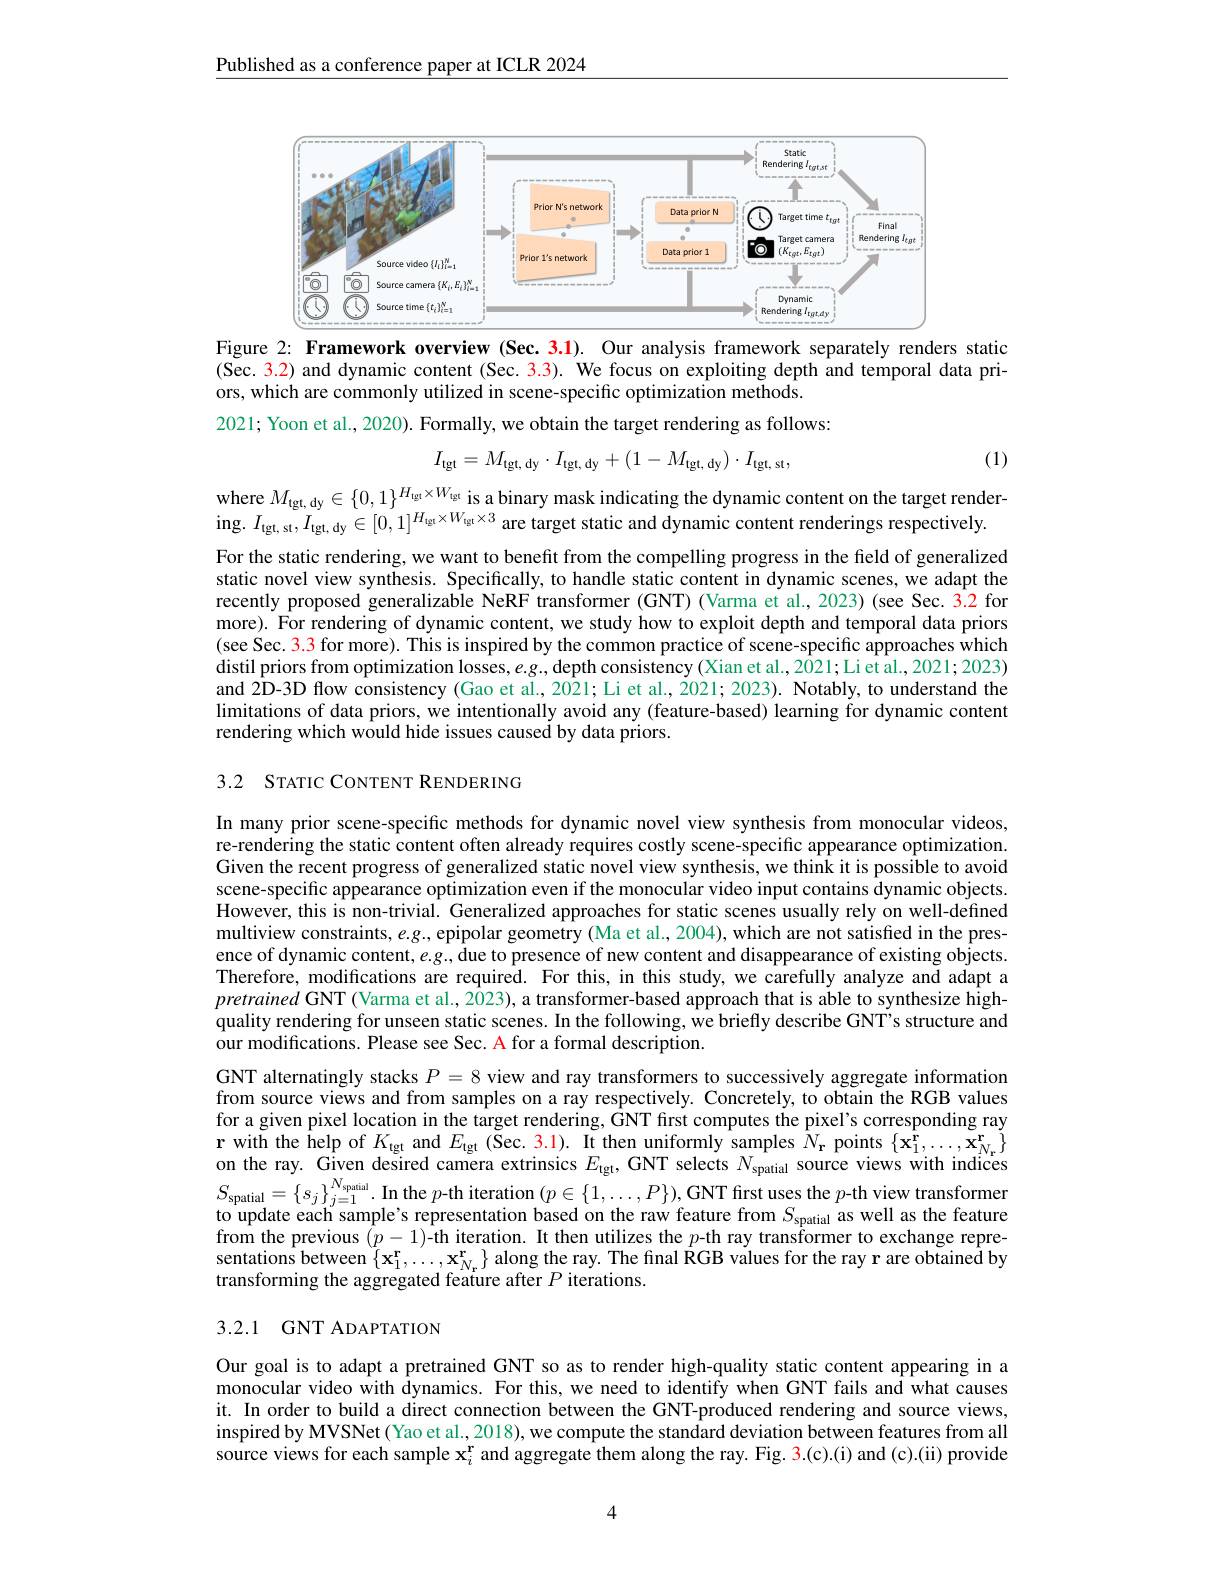
Published as a conference paper at ICLR 2024

<FigureHere>
Figure 2: Framework overview (Sec. 3.1). Our analysis framework separately renders static

(Sec. 3.2) and dynamic content (Sec. 3.3). We focus on exploiting depth and temporal data pri-
ors, which are commonly utilized in scene-specific optimization methods.
2021; Yoon et al., 2020). Formally, we obtain the target rendering as follows:
$$I_{\mathrm{tgt}}=M_{\mathrm{tgt,~dy}}\cdot I_{\mathrm{tgt,~dy}}+(1-M_{\mathrm{tgt,~dy}})\cdot I_{\mathrm{tgt,~st}},$$
(1)

where $M_\mathrm{tgt,dy}\in\{0,1\}^{H_\mathrm{gt}\times W_\mathrm{gt}}$ is a binary mask indicating the dynamic content on the target render-
ing. $I_{\mathrm{tgt,~st}},I_{\mathrm{tgt,~dy}}\in[0,1]^{H_{\mathrm{tgt}}\times W_{\mathrm{tgt}}\times3}$ are target static and dynamic content renderings respectively.

For the static rendering, we want to benefit from the compelling progress in the field of generalized static novel view synthesis. Specifically, to handle static content in dynamic scenes, we adapt the recently proposed generalizable NeRF transformer (GNT) (Varma et al., 2023) (see Sec. 3.2 for more). For rendering of dynamic content, we study how to exploit depth and temporal data priors (see Sec. 3.3 for more). This is inspired by the common practice of scene-specific approaches which distil priors from optimization losses, $e.g..$ depth consistency (Xian et al., 2021; Li et al., 2021; 2023) and 2D-3D flow consistency (Gao et al., 2021; Li et al., 2021; 2023). Notably, to understand the limitations of data priors, we intentionally avoid any (feature-based) learning for dynamic content rendering which would hide issues caused by data priors.

3.2 STATIC CONTENT RENDERING

In many prior scene-specific methods for dynamic novel view synthesis from monocular videos, re-rendering the static content often already requires costly scene-specific appearance optimization. Given the recent progress of generalized static novel view synthesis, we think it is possible to avoid scene-specific appearance optimization even if the monocular video input contains dynamic objects. However, this is non-trivial. Generalized approaches for static scenes usually rely on well-defined multiview constraints, $e.g..$, epipolar geometry (Ma et al., 2004), which are not satisfied in the presence of dynamic content, $e.g.$, due to presence of new content and disappearance of existing objects. Therefore, modifications are required. For this, in this study, we carefully analyze and adapt a pretrained GNT (Varma et al., 2023), a transformer-based approach that is able to synthesize highquality rendering for unseen static scenes. In the following, we briefly describe GNT's structure and $\dot{\text{our modifications. Please see Sec. A for a formal description.}}$
GNT alternatingly stacks $P=8$ view and ray transformers to successively aggregate information from source views and from samples on a ray respectively. Concretely, to obtain the RGB values for a given pixel location in the target rendering, GNT first computes the pixel's corresponding ray $\textbf{r with the help of }K_{\mathrm{tgt}}$ and $E_{\mathrm{tgt}}$ (Šec. 3.1). It then uniformly samples $\hat{N}_{\mathbf{r}}$ points $\{\mathbf{\hat{x}}_{1}^{\mathbf{r}},\ldots,\mathbf{\hat{x}}_{{N_{\mathbf{r}}}}^{\mathbf{r}}\}$ on the ray. Given desired camera extrinsics $E_{\mathrm{tgt}}$,GNT selects $N_{\mathrm{spatial}}$ source views with indices $S_{\mathrm{spatial}}= \{ s_{j}\} _{j= 1}^{N_{\mathrm{spatial}}}.$In the $p-$th iteration $( p\in \{ 1, \ldots , P\} ) $,GNT first uses the $p-$th view transformer toundonob to update each sample's representation based on the raw feature from $S_\mathrm{spatial}$ as well as the feature from the previous $(p-1)$-th iteration. It then utilizes the $p$-th ray transformer to exchange representations between $\{\mathbf{x}_{1}^{\mathbf{r}},\ldots,\mathbf{x}_{N_{\mathrm{r}}}^{\mathbf{r}}\}$ along the ray. The final RGB values for the ray r are obtained by transforming the aggregated feature after $P$ iterations.

## 3.2.1 GNT ADAPTATION

Our goal is to adapt a pretrained GNT so as to render high-quality static content appearing in a monocular video with dynamics. For this, we need to identify when GNT fails and what causes it. In order to build a direct connection between the GNT-produced rendering and source views, inspired by MVSNet (Yao et al., 2018), we compute the standard deviation between features from all source views for each sample $\mathbf{x}_i^{\mathbf{r}}$ and aggregate them along the ray. Fig. 3.(c).(i) and (c).(ii) provide

4